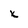
Character: X